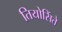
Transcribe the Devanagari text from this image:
तियोसिंते